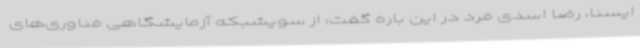
ایسنا، رضا اسدی فرد در این باره گفت: از سویشبکه آزمایشگاهی فناوری‌های